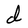
Character: d